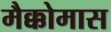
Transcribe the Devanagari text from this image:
मैक्कोमास